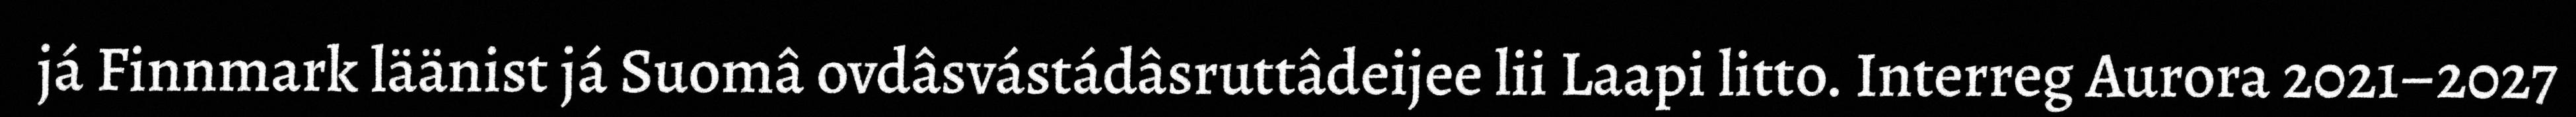
já Finnmark läänist já Suomâ ovdâsvástádâsruttâdeijee lii Laapi litto. Interreg Aurora 2021–2027